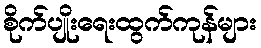
စိုက်ပျိုးရေးထွက်ကုန်များ